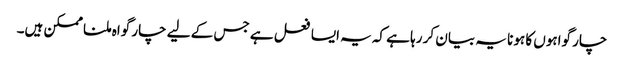
چار گواہوں کا ہونا یہ بیان کر رہا ہے کہ یہ ایسا فعل ہے جس کے لیے چار گواہ ملنا ممکن ہیں۔